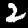
Label: 2